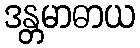
ဒန္တမာဓာယ